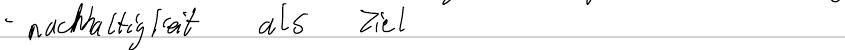
- nachhaltigkeit als Ziel